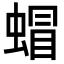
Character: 蝐